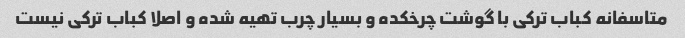
متاسفانه کباب ترکی با گوشت چرخکده و بسیار چرب تهیه شده و اصلا کباب ترکی نیست